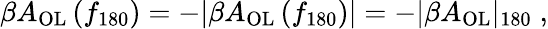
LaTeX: \beta A_{\mathrm{OL}}\left(f_{180}\right)=-|\beta A_{\mathrm{OL}}\left(f_{180}\right)|=-|\beta A_{\mathrm{OL}}|_{180}\; ,